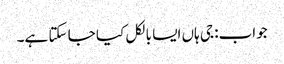
جواب: جی ہاں ایسا بالکل کیا جا سکتا ہے۔